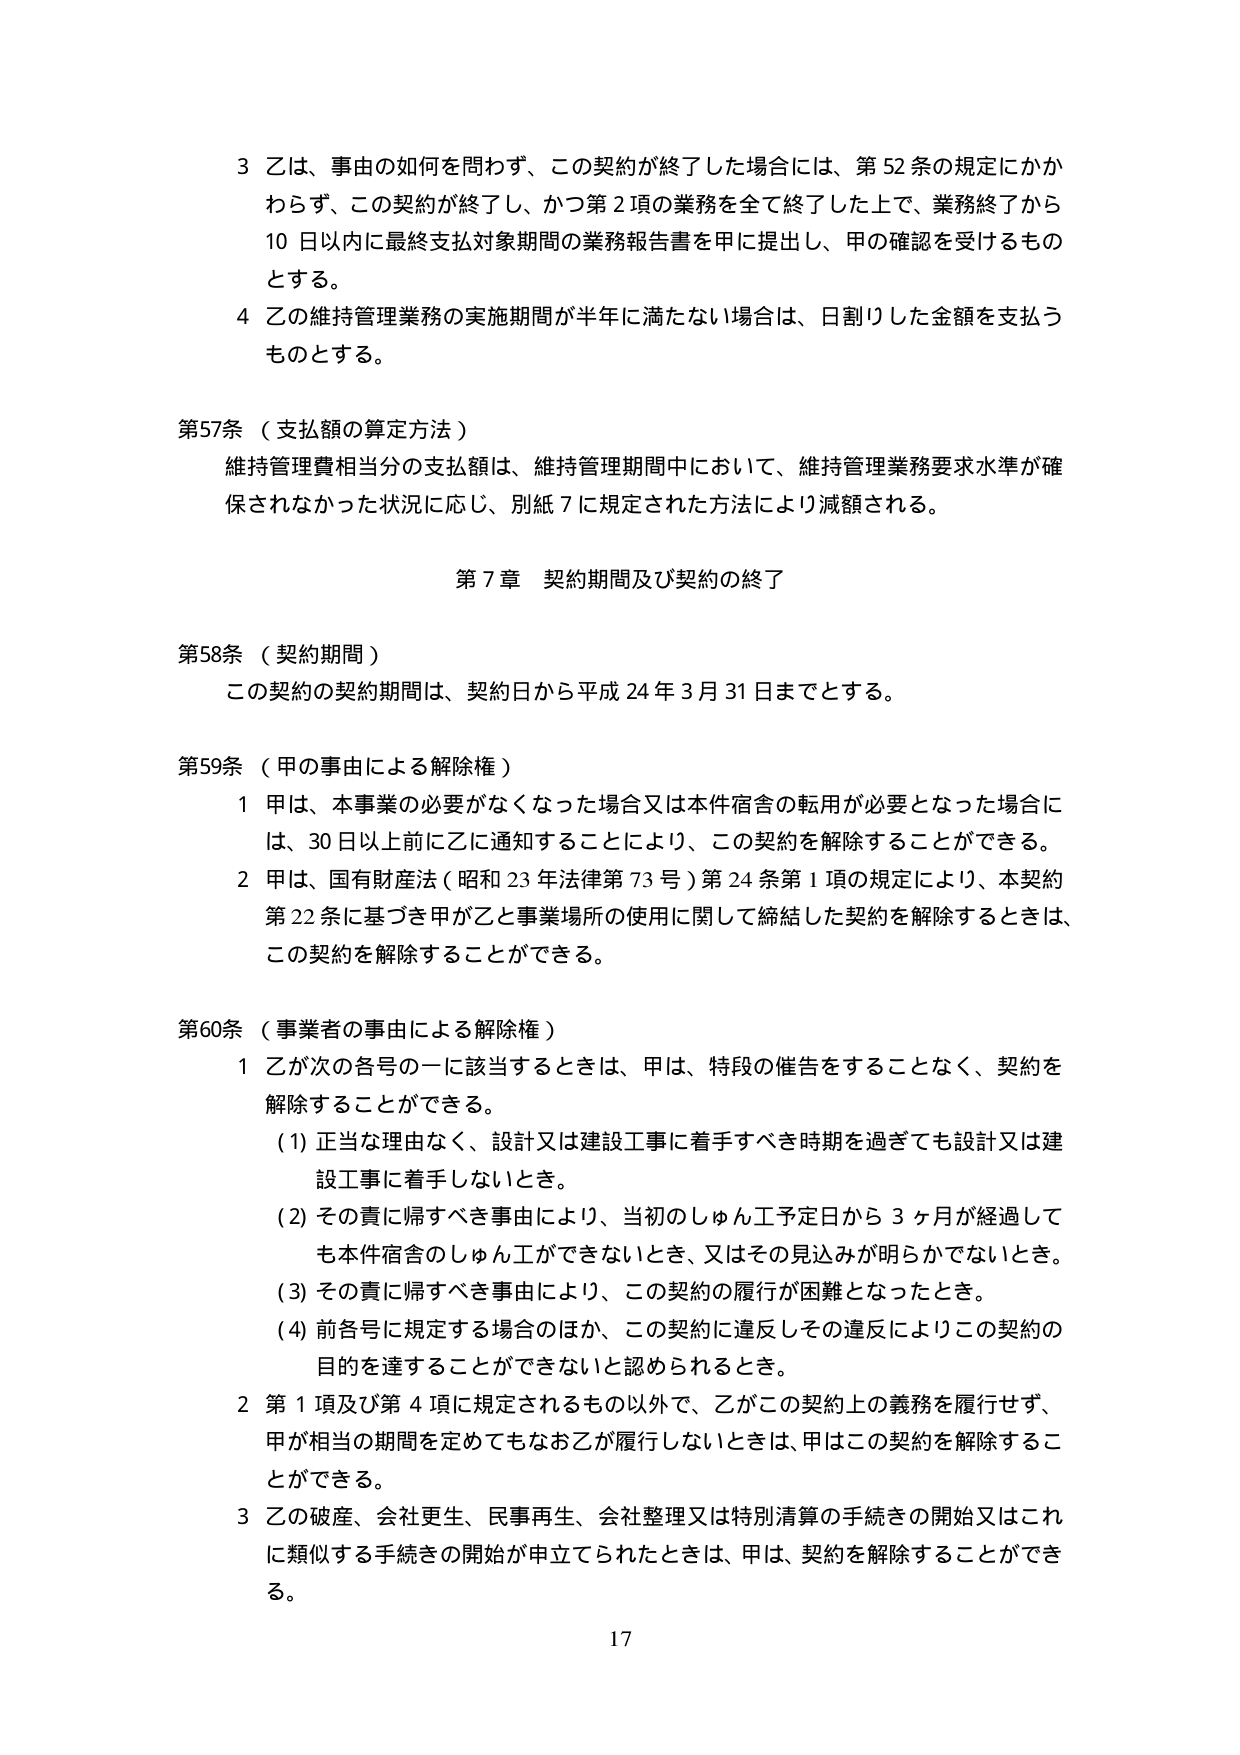
3 乙は、事由の如何を問わず、この契約が終了した場合には、第52条の規定にかかわらず、この契約が終了し、かつ第2項の業務を全て終了した上で、業務終了から10日以内に最終支払対象期間の業務報告書を甲に提出し、甲の確認を受けるものとする。

4 乙の維持管理業務の実施期間が半年に満たない場合は、日割りした金額を支払うものとする。

第57条（支払額の算定方法）
維持管理費相当分の支払額は、維持管理期間中において、維持管理業務要求水準が確保されなかった状況に応じ、別紙7に規定された方法により減額される。

第7章 契約期間及び契約の終了

第58条（契約期間）
この契約の契約期間は、契約日から平成24年3月31日までとする。

第59条（甲の事由による解除権）
1 甲は、本事業の必要がなくなった場合又は本件宿舎の転用が必要となった場合には、30日以上前に乙に通知することにより、この契約を解除することができる。
2 甲は、国有財産法（昭和23年法律第73号）第24条第1項の規定により、本契約第22条に基づき甲が乙と事業場所の使用に関して締結した契約を解除するときは、この契約を解除することができる。

第60条（事業者の事由による解除権）
1 乙が次の各号の一に該当するときは、甲は、特段の催告をすることなく、契約を解除することができる。
(1) 正当な理由なく、設計又は建設工事に着手すべき時期を過ぎても設計又は建設工事に着手しないとき。
(2) その責に帰すべき事由により、当初のしゅん工予定日から3ヶ月が経過しても本件宿舎のしゅん工ができないとき、又はその見込みが明らかでないとき。
(3) その責に帰すべき事由により、この契約の履行が困難となったとき。
(4) 前各号に規定する場合のほか、この契約に違反しその違反によりこの契約の目的を達することができないと認められるとき。
2 第1項及び第4項に規定されるもの以外で、乙がこの契約上の義務を履行せず、甲が相当の期間を定めてもなお乙が履行しないときは、甲はこの契約を解除することができる。
3 乙の破産、会社更生、民事再生、会社整理又は特別清算の手続きの開始又はこれに類似する手続きの開始が申立てられたときは、甲は、契約を解除することができる。

17